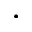
.